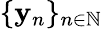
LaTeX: \{ \mathbf{y}_{n}\} _{n\in\mathbb{{N}}}